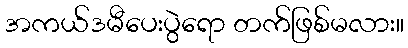
အကယ်ဒမီပေးပွဲရော တက်ဖြစ်မလား။